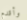
وأقدم